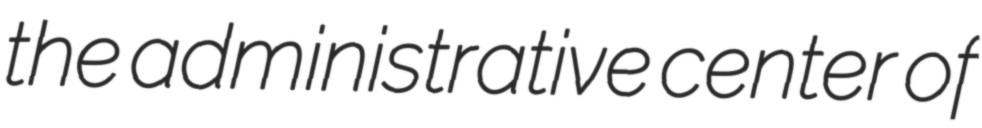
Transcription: the administrative center of